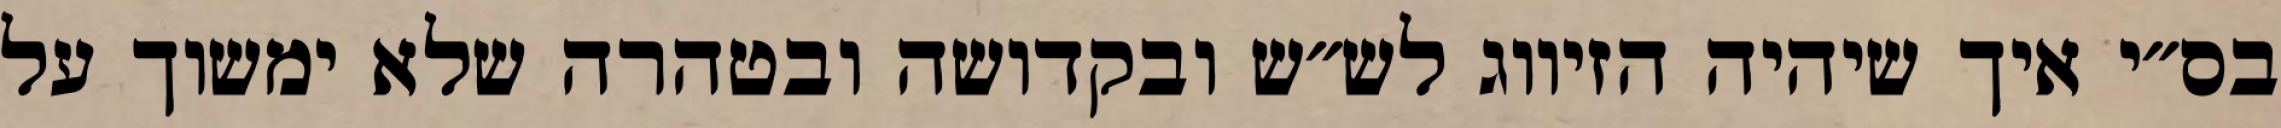
בס״י איך שיהיה הזיווג לש״ש ובקדושה ובטהרה שלא ימשוך על